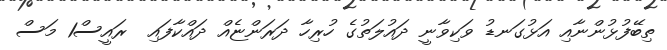
ތިބޭފުޅުންނާއި އަޅުގަނޑު ވަކިވާނީ ދައުލަތުގެ ހުރިހާ ދަރަންޏެއް ދައްކާފައި  ރައީސް1 މަސް